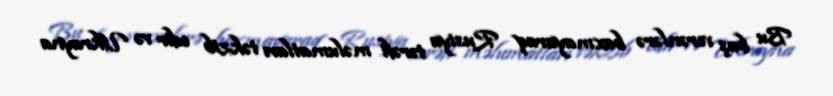
Bu baş verənlərə baxmayaraq Rusiya tərəfi məlumatları təkzib edir və Ukrayna